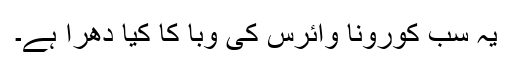
یہ سب کورونا وائرس کی وبا کا کیا دھرا ہے۔